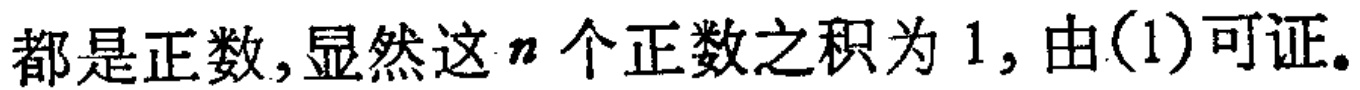
都是正数,显然这\(n\)个正数之积为 \(1\), 由(1)可证。